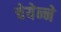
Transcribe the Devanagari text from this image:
चेयेन्ने